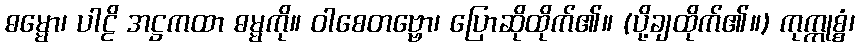
ဓမ္မော၊ ပါဠိ အဋ္ဌကထာ ဓမ္မကို။ ဝါစေတဗ္ဗော၊ ပြောဆိုထိုက်၏။ (ပို့ချထိုက်၏။) ကုက္ကုစ္စံ၊